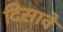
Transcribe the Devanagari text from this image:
दिसावें